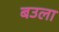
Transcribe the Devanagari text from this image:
बउला